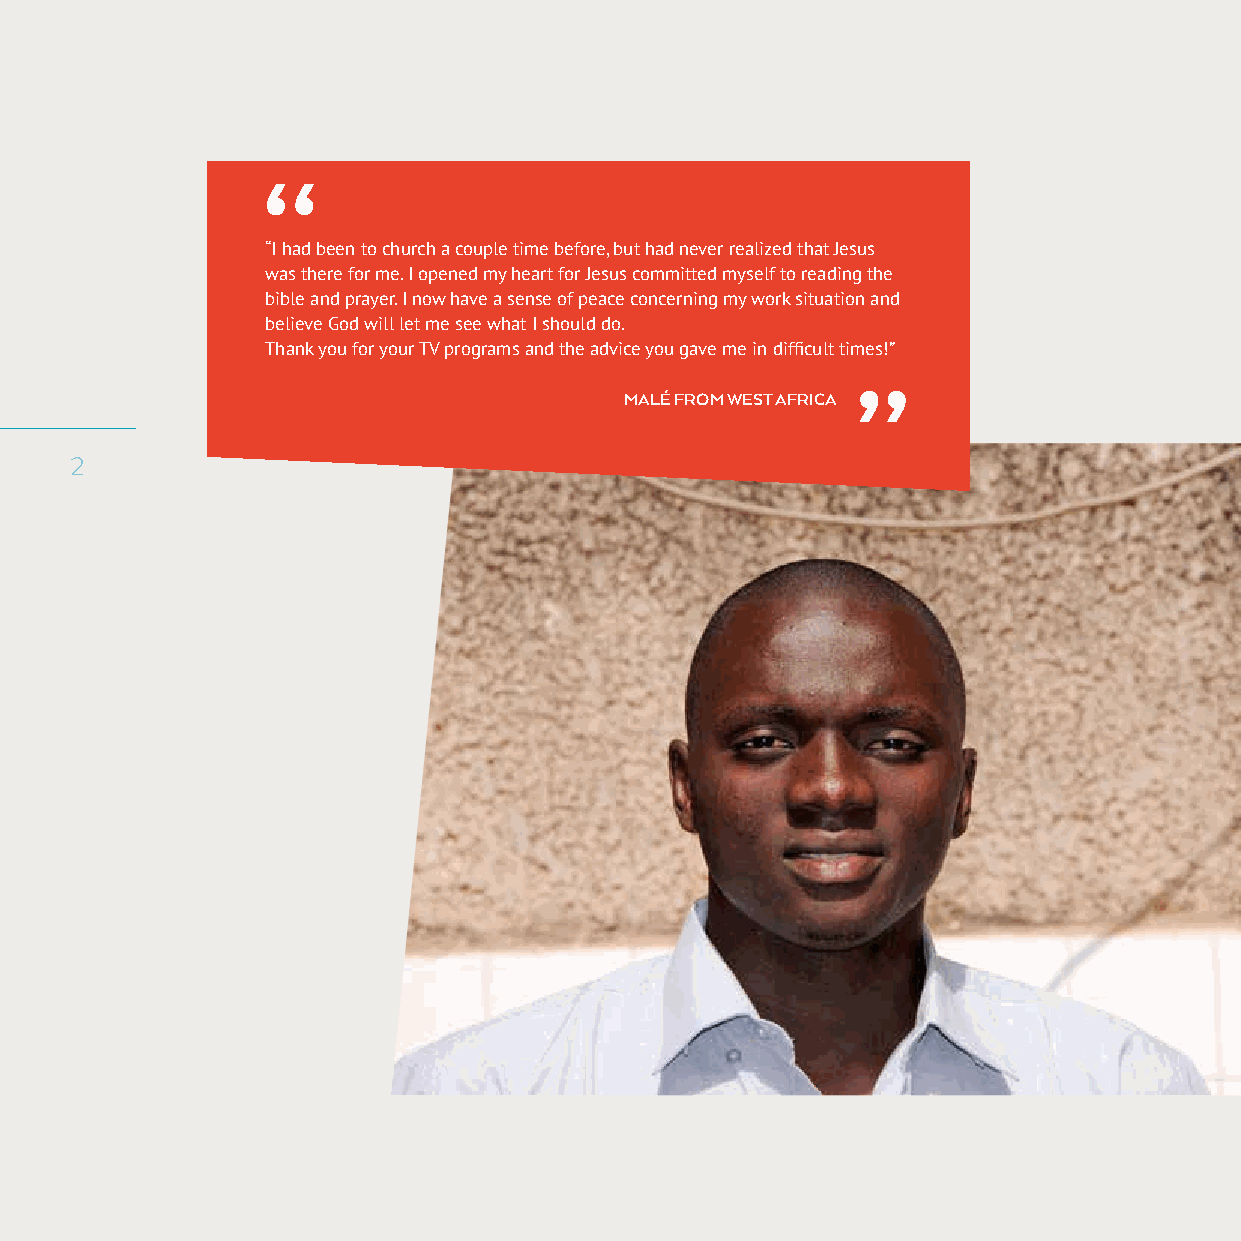
“
 “I had been to church a couple time before, but had never realized that Jesus
 was there for me. I opened my heart for Jesus committed myself to reading the
 bible and prayer. I now have a sense of peace concerning my work situation and
 believe God will let me see what I should do.
 Thank you for your TV programs and the advice you gave me in difficult times!”
 ”
 MALÉ FROM WEST AFRICA
 2